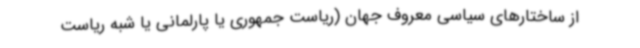
از ساختارهای سیاسی معروف جهان (ریاست جمهوری یا پارلمانی یا شبه ریاست